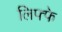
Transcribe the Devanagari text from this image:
लिफ्फे